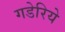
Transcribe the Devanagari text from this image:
गडेरिये